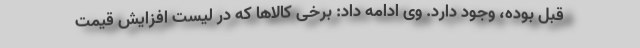
قبل بوده، وجود دارد. وی ادامه داد: برخی کالاها که در لیست افزایش قیمت